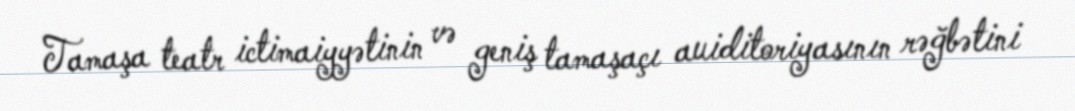
Tamaşa teatr ictimaiyyətinin və geniş tamaşaçı auiditoriyasının rəğbətini